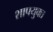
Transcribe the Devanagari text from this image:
शापयुक्‍त